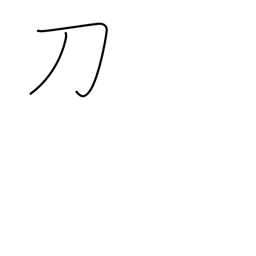
Meaning: saber